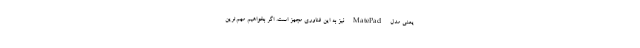
یعنی مدل MatePad نیز به این فناوری مجهز است. اگر بخواهیم مهم‌ترین